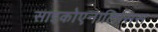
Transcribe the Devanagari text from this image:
साइकोएनालिसिस